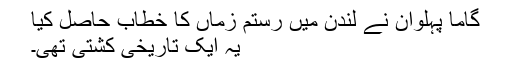
گاما پہلوان نے لندن میں رستم زماں کا خطاب حاصل کیا
یہ ایک تاریخی کشتی تھی۔